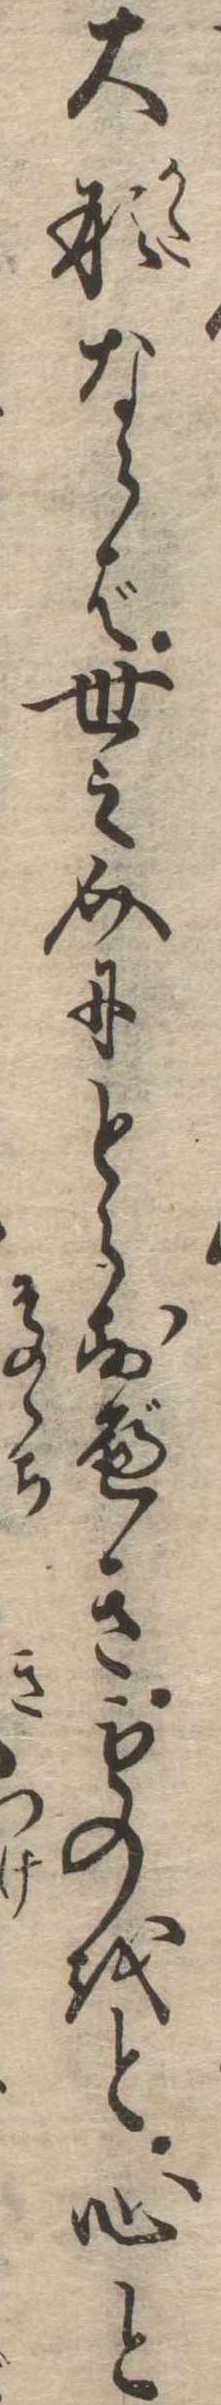
大形ならば世之介にとらすべきものをと心と